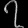
Digit: ၇